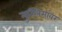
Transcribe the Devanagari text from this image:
मुस्लिमांवर